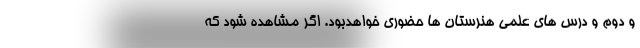
و دوم و درس های علمی هنرستان ها حضوری خواهدبود. اگر مشاهده شود که